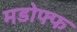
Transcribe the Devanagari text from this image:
मडोफ्फ